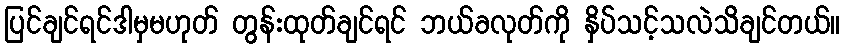
ပြင်ချင်ရင်ဒါမှမဟုတ် တွန်းထုတ်ချင်ရင် ဘယ်ခလုတ်ကို နှိပ်သင့်သလဲသိချင်တယ်။